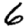
Digit: 6